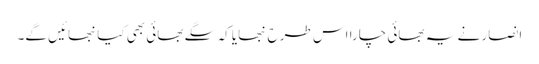
انصار نے یہ بھائی چارا اس طرح نبھایا کہ سگے بھائی بھی کیانبھائیں گے۔